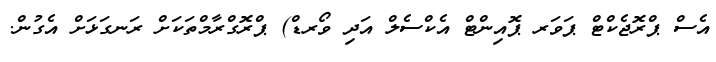
އެސް ޕްރޮޖެކްޓް ޕަވަރ ޕޮއިންޓް އެކްސެލް އަދި ވޯރޑް) ޕްރޮގްރާމްތަކަށް ރަނގަޅަށް އެގުން.